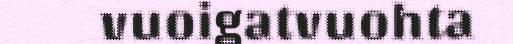
vuoigatvuohta